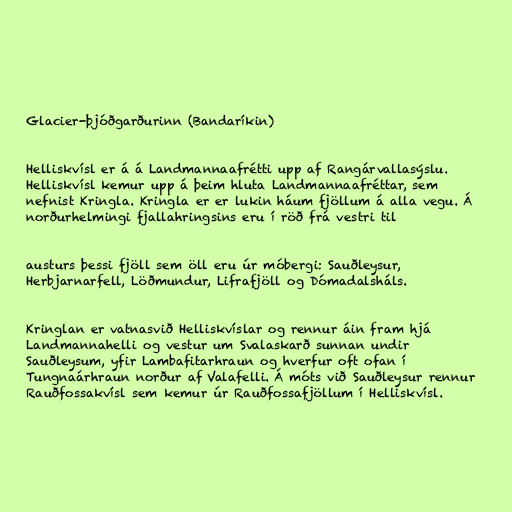
Glacier-þjóðgarðurinn (Bandaríkin)

Helliskvísl er á á Landmannaafrétti upp af Rangárvallasýslu.
Helliskvísl kemur upp á þeim hluta Landmannaafréttar, sem
nefnist Kringla. Kringla er er lukin háum fjöllum á alla vegu. Á
norðurhelmingi fjallahringsins eru í röð frá vestri til

austurs þessi fjöll sem öll eru úr móbergi: Sauðleysur,
Herbjarnarfell, Löðmundur, Lifrafjöll og Dómadalsháls.

Kringlan er vatnasvið Hellis­kvíslar og rennur áin fram hjá
Landmannahelli og vestur um Svalaskarð sunnan undir
Sauðleysum, yfir Lambafitarhraun og hverfur oft ofan í
Tungnaárhraun norður af Valafelli. Á móts við Sauðleysur rennur
Rauðfossakvísl sem kemur úr Rauðfossafjöllum í Helliskvísl.